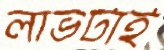
লাভটাই